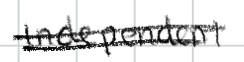
Text: Independent
Cross-out: double-line
Writing tool: digital_black